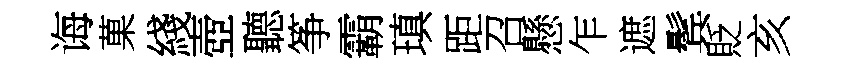
诲菓綫壺聽筝霸瑱距召懸乍遮鬂貶亥